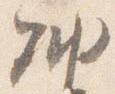
納